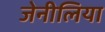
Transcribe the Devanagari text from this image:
जेनीलिया